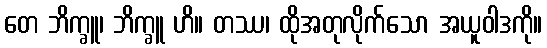
တေ ဘိက္ခူ၊ ဘိက္ခူ ဟိ။ တဿ၊ ထိုအတုလိုက်သော အယူဝါဒကို။